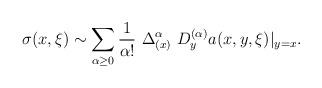
LaTeX: \begin{align*} \sigma(x,\xi) \sim \sum_{\alpha\geq 0 } \frac{1}{\alpha!} \ \Delta_{(x)}^{\alpha} \ D_y^{(\alpha)} a(x,y,\xi)|_{y=x}.\end{align*}